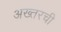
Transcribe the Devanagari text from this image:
अख्तरची